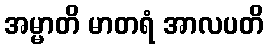
အမ္မာတိ မာတရံ အာလပတိ